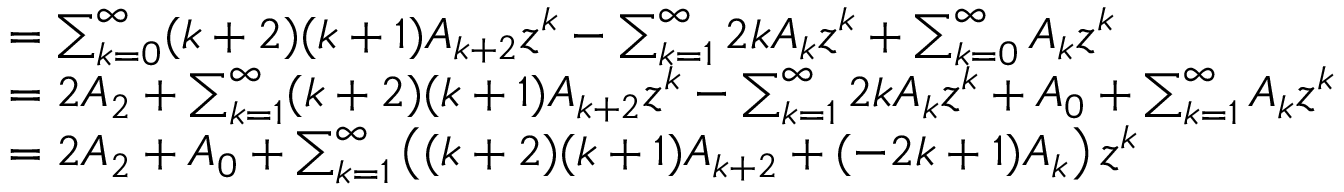
{ \begin{array} { r l } & { = \sum _ { k = 0 } ^ { \infty } ( k + 2 ) ( k + 1 ) A _ { k + 2 } z ^ { k } - \sum _ { k = 1 } ^ { \infty } 2 k A _ { k } z ^ { k } + \sum _ { k = 0 } ^ { \infty } A _ { k } z ^ { k } } \\ & { = 2 A _ { 2 } + \sum _ { k = 1 } ^ { \infty } ( k + 2 ) ( k + 1 ) A _ { k + 2 } z ^ { k } - \sum _ { k = 1 } ^ { \infty } 2 k A _ { k } z ^ { k } + A _ { 0 } + \sum _ { k = 1 } ^ { \infty } A _ { k } z ^ { k } } \\ & { = 2 A _ { 2 } + A _ { 0 } + \sum _ { k = 1 } ^ { \infty } \left( ( k + 2 ) ( k + 1 ) A _ { k + 2 } + ( - 2 k + 1 ) A _ { k } \right) z ^ { k } } \end{array} }